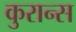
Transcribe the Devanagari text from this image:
कुरान्स